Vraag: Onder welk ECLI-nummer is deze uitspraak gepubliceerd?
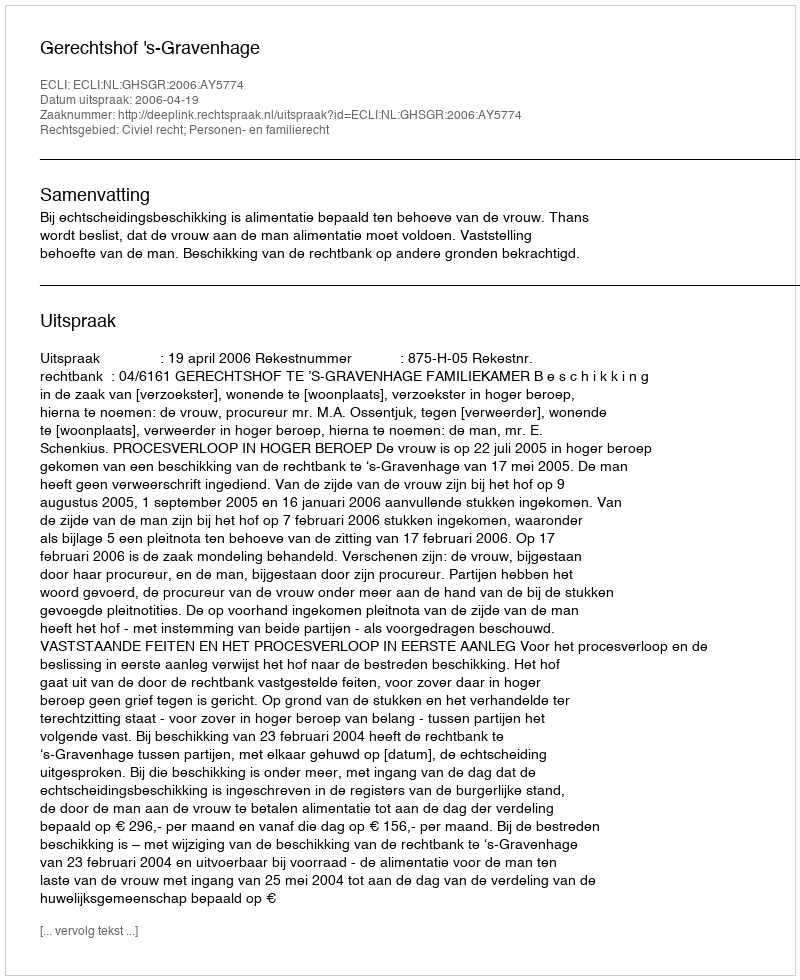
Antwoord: ECLI:NL:GHSGR:2006:AY5774